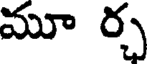
మూ ర్చ